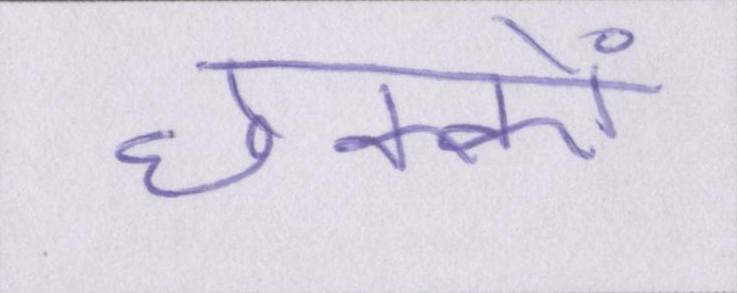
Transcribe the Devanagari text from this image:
छक्कों